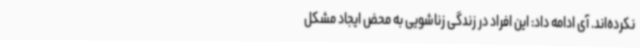
نکرده‌اند. آی ادامه داد: این افراد در زندگی زناشویی به محض ایجاد مشکل